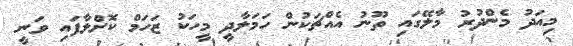
މިއަދު މެންދުރު މާލޭގައި ތޫނު އެއްޗަކުން ހަމަލާދީ މީހަކު ޒަހަމް ކޮށްލާފައި ވަނީ